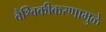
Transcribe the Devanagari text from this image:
वैश्विकीकरणामुळे